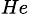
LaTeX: _{He}